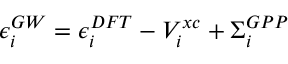
\epsilon _ { i } ^ { G W } = \epsilon _ { i } ^ { D F T } - V _ { i } ^ { x c } + \Sigma _ { i } ^ { G P P }